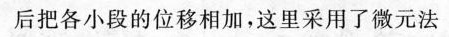
后把各小段的位移相加，这里采用了微元法